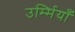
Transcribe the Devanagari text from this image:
उर्म्मियाँ